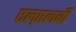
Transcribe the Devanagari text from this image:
एल्‌एलबी